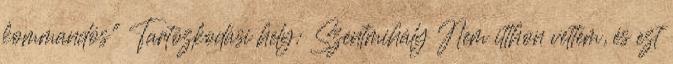
kommandós" Tartózkodási hely: Szentmihály Nem itthon vettem, és ezt